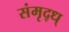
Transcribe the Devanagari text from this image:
संमृद्ध्